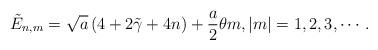
LaTeX: \begin{align*}\tilde{E}_{n,m}=\sqrt{a}\left( 4+2\tilde{\gamma}+4n\right) +\frac{a}{2}\theta m,\left\vert m\right\vert =1,2,3,\cdots . \end{align*}